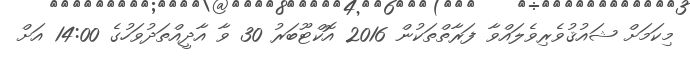
މިކަމަށް ޝައުޤުވެރިވެލައްވާ ފަރާތްތަކުން 2016 އޮކްޓޫބަރު 30 ވާ އާދީއްތަދުވަހުގެ 14:00 އަށް